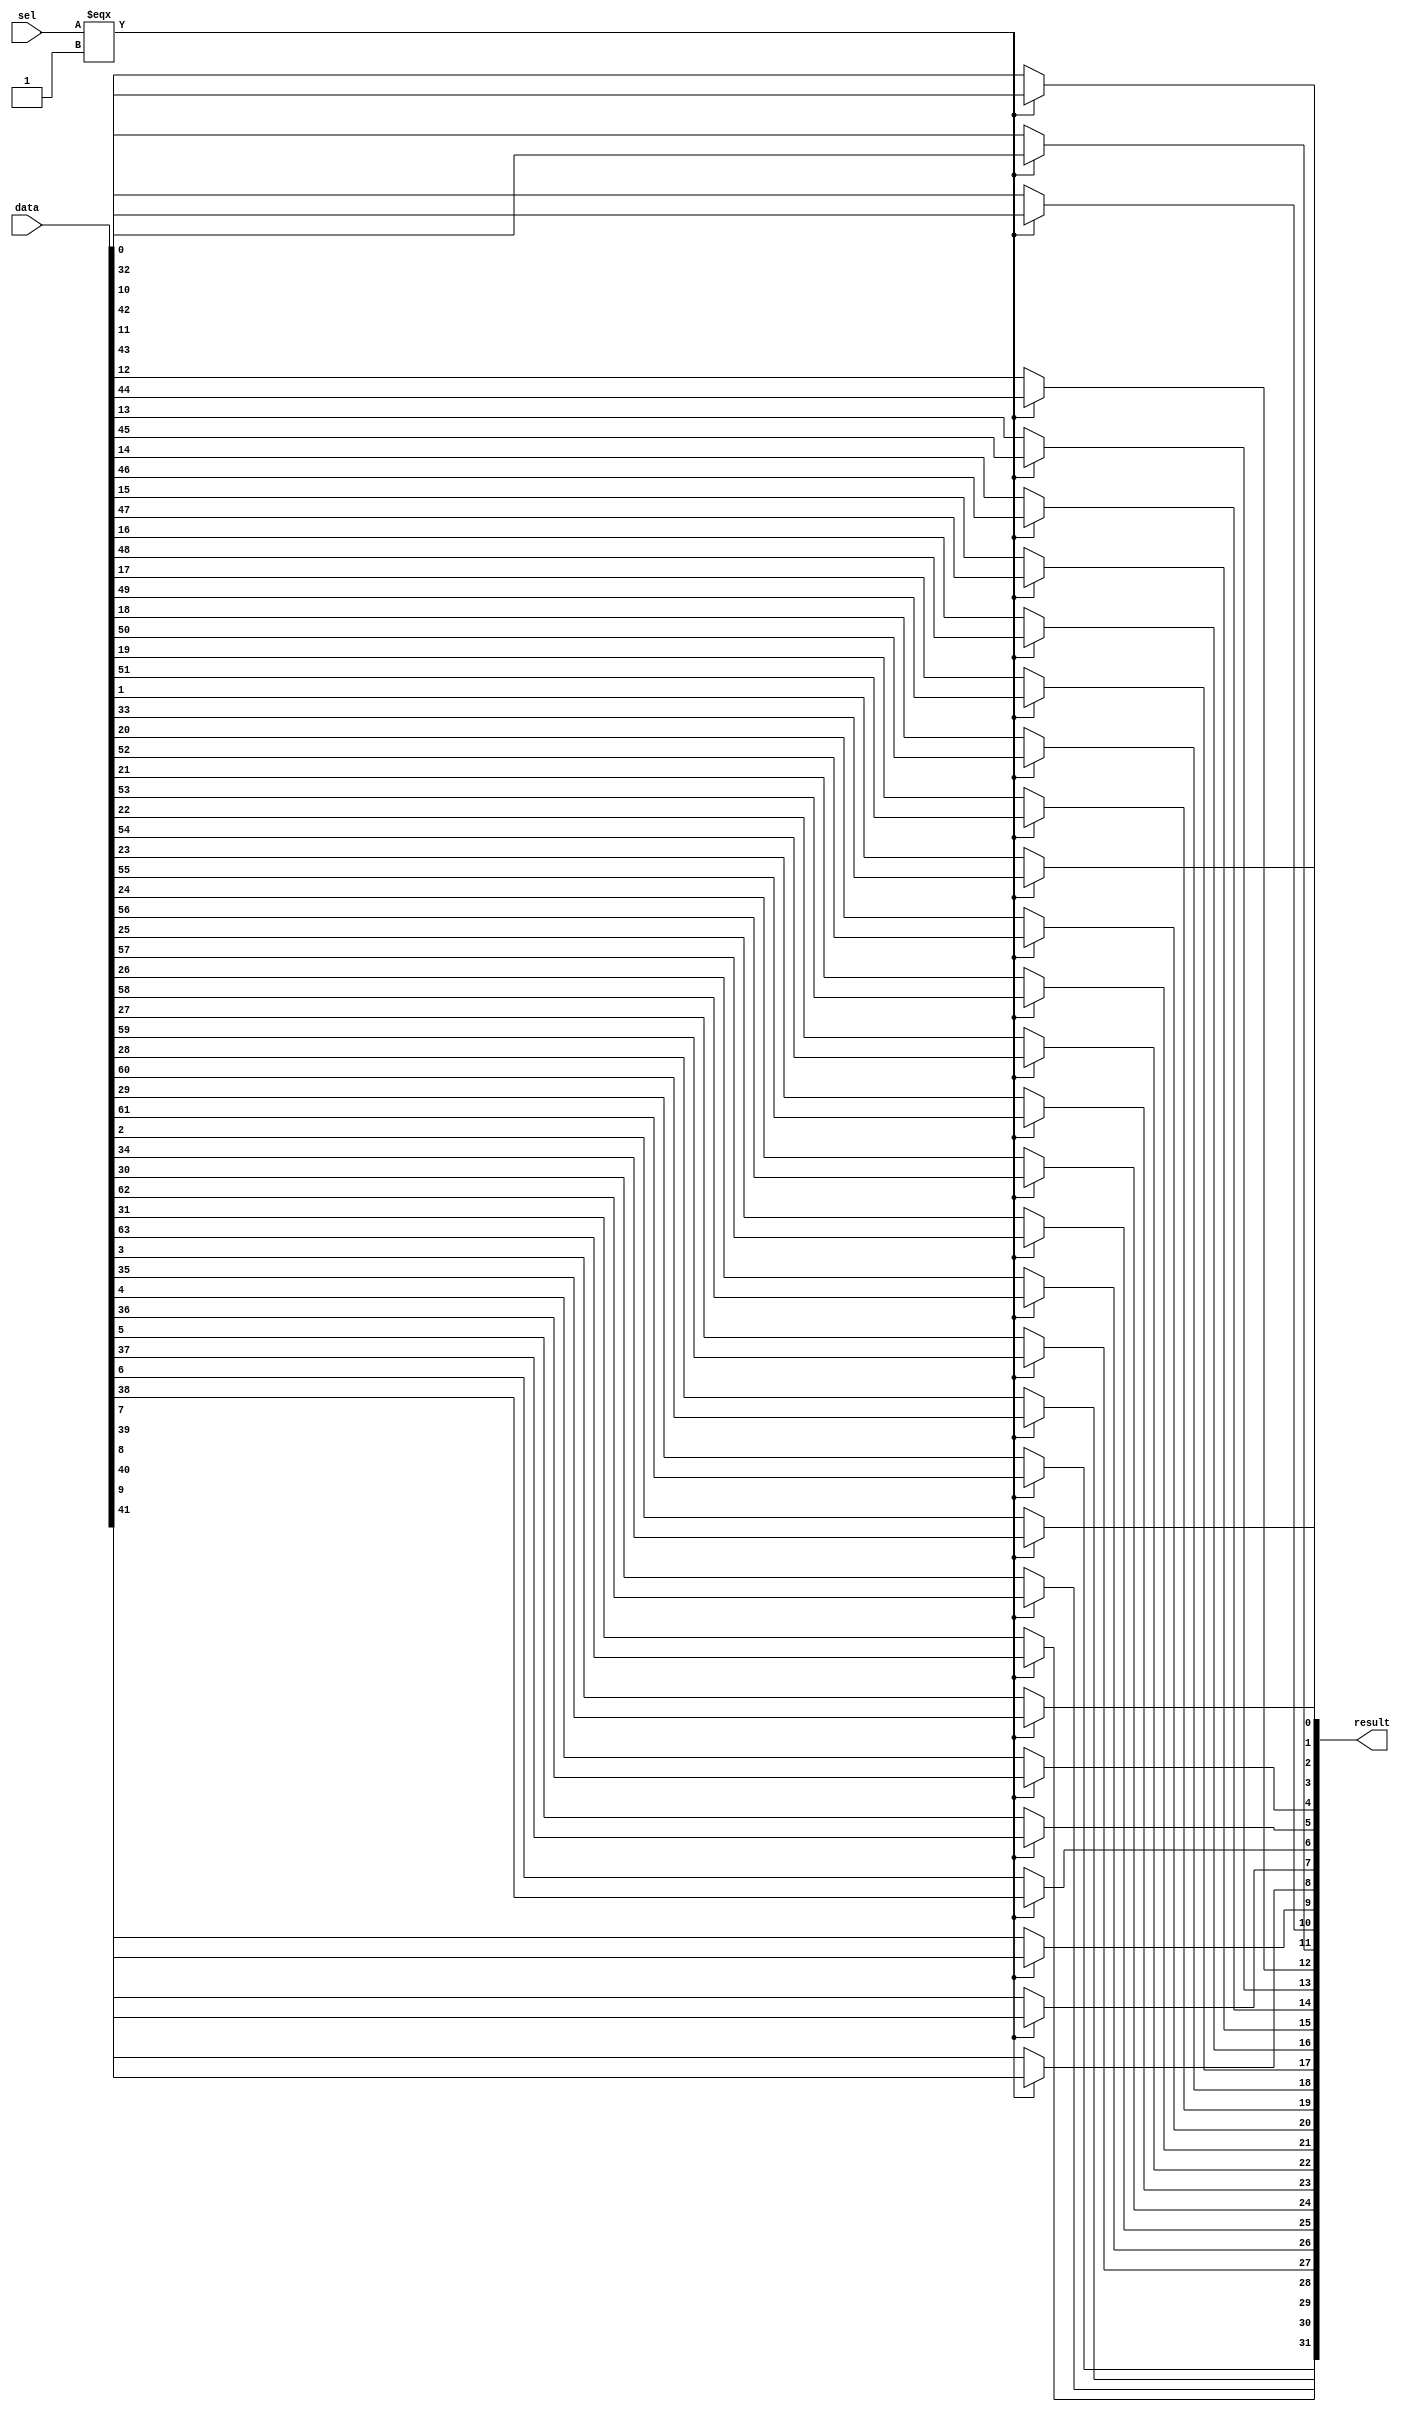
module  element_mux_32x2_mux
	( 
	data,
	result,
	sel) /* synthesis synthesis_clearbox=1 */;
	input   [63:0]  data;
	output   [31:0]  result;
	input   [0:0]  sel;
`ifndef ALTERA_RESERVED_QIS
// synopsys translate_off
`endif
	tri0   [63:0]  data;
	tri0   [0:0]  sel;
`ifndef ALTERA_RESERVED_QIS
// synopsys translate_on
`endif

	wire	wire_l1_w0_n0_mux_dataout;
	wire	wire_l1_w10_n0_mux_dataout;
	wire	wire_l1_w11_n0_mux_dataout;
	wire	wire_l1_w12_n0_mux_dataout;
	wire	wire_l1_w13_n0_mux_dataout;
	wire	wire_l1_w14_n0_mux_dataout;
	wire	wire_l1_w15_n0_mux_dataout;
	wire	wire_l1_w16_n0_mux_dataout;
	wire	wire_l1_w17_n0_mux_dataout;
	wire	wire_l1_w18_n0_mux_dataout;
	wire	wire_l1_w19_n0_mux_dataout;
	wire	wire_l1_w1_n0_mux_dataout;
	wire	wire_l1_w20_n0_mux_dataout;
	wire	wire_l1_w21_n0_mux_dataout;
	wire	wire_l1_w22_n0_mux_dataout;
	wire	wire_l1_w23_n0_mux_dataout;
	wire	wire_l1_w24_n0_mux_dataout;
	wire	wire_l1_w25_n0_mux_dataout;
	wire	wire_l1_w26_n0_mux_dataout;
	wire	wire_l1_w27_n0_mux_dataout;
	wire	wire_l1_w28_n0_mux_dataout;
	wire	wire_l1_w29_n0_mux_dataout;
	wire	wire_l1_w2_n0_mux_dataout;
	wire	wire_l1_w30_n0_mux_dataout;
	wire	wire_l1_w31_n0_mux_dataout;
	wire	wire_l1_w3_n0_mux_dataout;
	wire	wire_l1_w4_n0_mux_dataout;
	wire	wire_l1_w5_n0_mux_dataout;
	wire	wire_l1_w6_n0_mux_dataout;
	wire	wire_l1_w7_n0_mux_dataout;
	wire	wire_l1_w8_n0_mux_dataout;
	wire	wire_l1_w9_n0_mux_dataout;
	wire  [63:0]  data_wire;
	wire  [31:0]  result_wire_ext;
	wire  [0:0]  sel_wire;

	assign		wire_l1_w0_n0_mux_dataout = (sel_wire[0] === 1'b1) ? data_wire[32] : data_wire[0];
	assign		wire_l1_w10_n0_mux_dataout = (sel_wire[0] === 1'b1) ? data_wire[42] : data_wire[10];
	assign		wire_l1_w11_n0_mux_dataout = (sel_wire[0] === 1'b1) ? data_wire[43] : data_wire[11];
	assign		wire_l1_w12_n0_mux_dataout = (sel_wire[0] === 1'b1) ? data_wire[44] : data_wire[12];
	assign		wire_l1_w13_n0_mux_dataout = (sel_wire[0] === 1'b1) ? data_wire[45] : data_wire[13];
	assign		wire_l1_w14_n0_mux_dataout = (sel_wire[0] === 1'b1) ? data_wire[46] : data_wire[14];
	assign		wire_l1_w15_n0_mux_dataout = (sel_wire[0] === 1'b1) ? data_wire[47] : data_wire[15];
	assign		wire_l1_w16_n0_mux_dataout = (sel_wire[0] === 1'b1) ? data_wire[48] : data_wire[16];
	assign		wire_l1_w17_n0_mux_dataout = (sel_wire[0] === 1'b1) ? data_wire[49] : data_wire[17];
	assign		wire_l1_w18_n0_mux_dataout = (sel_wire[0] === 1'b1) ? data_wire[50] : data_wire[18];
	assign		wire_l1_w19_n0_mux_dataout = (sel_wire[0] === 1'b1) ? data_wire[51] : data_wire[19];
	assign		wire_l1_w1_n0_mux_dataout = (sel_wire[0] === 1'b1) ? data_wire[33] : data_wire[1];
	assign		wire_l1_w20_n0_mux_dataout = (sel_wire[0] === 1'b1) ? data_wire[52] : data_wire[20];
	assign		wire_l1_w21_n0_mux_dataout = (sel_wire[0] === 1'b1) ? data_wire[53] : data_wire[21];
	assign		wire_l1_w22_n0_mux_dataout = (sel_wire[0] === 1'b1) ? data_wire[54] : data_wire[22];
	assign		wire_l1_w23_n0_mux_dataout = (sel_wire[0] === 1'b1) ? data_wire[55] : data_wire[23];
	assign		wire_l1_w24_n0_mux_dataout = (sel_wire[0] === 1'b1) ? data_wire[56] : data_wire[24];
	assign		wire_l1_w25_n0_mux_dataout = (sel_wire[0] === 1'b1) ? data_wire[57] : data_wire[25];
	assign		wire_l1_w26_n0_mux_dataout = (sel_wire[0] === 1'b1) ? data_wire[58] : data_wire[26];
	assign		wire_l1_w27_n0_mux_dataout = (sel_wire[0] === 1'b1) ? data_wire[59] : data_wire[27];
	assign		wire_l1_w28_n0_mux_dataout = (sel_wire[0] === 1'b1) ? data_wire[60] : data_wire[28];
	assign		wire_l1_w29_n0_mux_dataout = (sel_wire[0] === 1'b1) ? data_wire[61] : data_wire[29];
	assign		wire_l1_w2_n0_mux_dataout = (sel_wire[0] === 1'b1) ? data_wire[34] : data_wire[2];
	assign		wire_l1_w30_n0_mux_dataout = (sel_wire[0] === 1'b1) ? data_wire[62] : data_wire[30];
	assign		wire_l1_w31_n0_mux_dataout = (sel_wire[0] === 1'b1) ? data_wire[63] : data_wire[31];
	assign		wire_l1_w3_n0_mux_dataout = (sel_wire[0] === 1'b1) ? data_wire[35] : data_wire[3];
	assign		wire_l1_w4_n0_mux_dataout = (sel_wire[0] === 1'b1) ? data_wire[36] : data_wire[4];
	assign		wire_l1_w5_n0_mux_dataout = (sel_wire[0] === 1'b1) ? data_wire[37] : data_wire[5];
	assign		wire_l1_w6_n0_mux_dataout = (sel_wire[0] === 1'b1) ? data_wire[38] : data_wire[6];
	assign		wire_l1_w7_n0_mux_dataout = (sel_wire[0] === 1'b1) ? data_wire[39] : data_wire[7];
	assign		wire_l1_w8_n0_mux_dataout = (sel_wire[0] === 1'b1) ? data_wire[40] : data_wire[8];
	assign		wire_l1_w9_n0_mux_dataout = (sel_wire[0] === 1'b1) ? data_wire[41] : data_wire[9];
	assign
		data_wire = {data},
		result = result_wire_ext,
		result_wire_ext = {wire_l1_w31_n0_mux_dataout, wire_l1_w30_n0_mux_dataout, wire_l1_w29_n0_mux_dataout, wire_l1_w28_n0_mux_dataout, wire_l1_w27_n0_mux_dataout, wire_l1_w26_n0_mux_dataout, wire_l1_w25_n0_mux_dataout, wire_l1_w24_n0_mux_dataout, wire_l1_w23_n0_mux_dataout, wire_l1_w22_n0_mux_dataout, wire_l1_w21_n0_mux_dataout, wire_l1_w20_n0_mux_dataout, wire_l1_w19_n0_mux_dataout, wire_l1_w18_n0_mux_dataout, wire_l1_w17_n0_mux_dataout, wire_l1_w16_n0_mux_dataout, wire_l1_w15_n0_mux_dataout, wire_l1_w14_n0_mux_dataout, wire_l1_w13_n0_mux_dataout, wire_l1_w12_n0_mux_dataout, wire_l1_w11_n0_mux_dataout, wire_l1_w10_n0_mux_dataout, wire_l1_w9_n0_mux_dataout, wire_l1_w8_n0_mux_dataout, wire_l1_w7_n0_mux_dataout, wire_l1_w6_n0_mux_dataout, wire_l1_w5_n0_mux_dataout, wire_l1_w4_n0_mux_dataout, wire_l1_w3_n0_mux_dataout, wire_l1_w2_n0_mux_dataout, wire_l1_w1_n0_mux_dataout, wire_l1_w0_n0_mux_dataout},
		sel_wire = {sel[0]};
endmodule
module element_mux_32x2 (
	data0x,
	data1x,
	sel,
	result)/* synthesis synthesis_clearbox = 1 */;

	input	[31:0]  data0x;
	input	[31:0]  data1x;
	input	  sel;
	output	[31:0]  result;

	wire [31:0] sub_wire0;
	wire [31:0] sub_wire5 = data0x[31:0];
	wire [31:0] result = sub_wire0[31:0];
	wire  sub_wire1 = sel;
	wire  sub_wire2 = sub_wire1;
	wire [31:0] sub_wire3 = data1x[31:0];
	wire [63:0] sub_wire4 = {sub_wire5, sub_wire3};

	element_mux_32x2_mux	element_mux_32x2_mux_component (
				.sel (sub_wire2),
				.data (sub_wire4),
				.result (sub_wire0));

endmodule